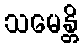
သမေန္တိ